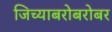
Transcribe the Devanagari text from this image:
जिच्याबरोबरोबर